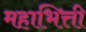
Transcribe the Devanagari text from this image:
महाभित्ती